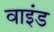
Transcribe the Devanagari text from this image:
वाइंड